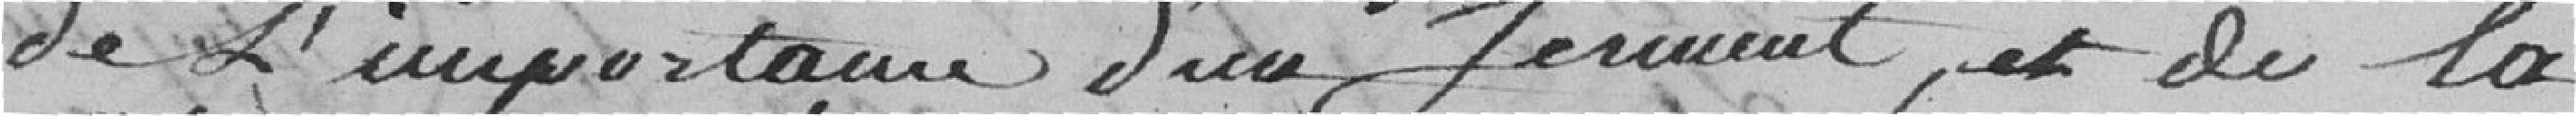
de l'importance d'un serment et de la